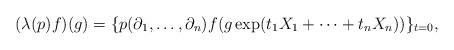
LaTeX: \begin{align*}(\lambda(p) f)(g) = \{p(\partial_1,\ldots,\partial_n)f(g\exp(t_1 X_1+\cdots+t_nX_n))\}_{t = 0},\end{align*}